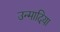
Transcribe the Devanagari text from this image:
उन्मादिया